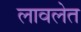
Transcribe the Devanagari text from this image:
लावलेत